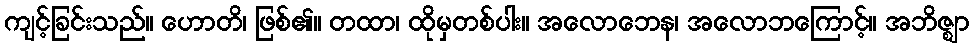
ကျင့်ခြင်းသည်။ ဟောတိ၊ ဖြစ်၏။ တထာ၊ ထိုမှတစ်ပါး။ အလောဘေန၊ အလောဘကြောင့်။ အဘိဇ္ဈာ